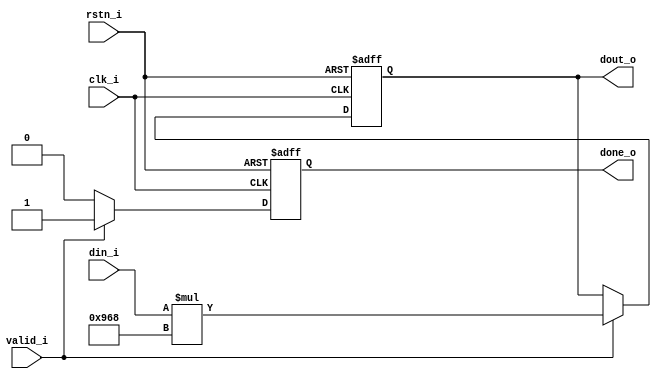
module Dequantize(
    input wire                  clk_i,          // Clock input
    input wire                  rstn_i,         // Active low reset input
    input wire signed   [31:0]  din_i,          // Data input (32-bit signed)
    input wire                  valid_i,        // Input valid signal
    output wire                 done_o,         // Done signal
    output wire signed  [31:0]  dout_o          // Dequantized output (32-bit signed)
);

    reg         [2:0]   rCnt;               // Counter for 8 cycles -> done
    reg signed  [31:0]  rScaled;            // Scaled result for dequantization
    reg                 q_done;             // Signal indicating dequantization is complete

    // Scaling process
    always @(posedge clk_i or negedge rstn_i) begin
        if (!rstn_i) begin
            rScaled <= 0;
            q_done  <= 0;
        end else if (valid_i) begin
            rScaled <= din_i * 2408;      // Dequantization scaling
            q_done  <= 1;
        end else begin
            q_done  <= 0;
        end
    end

    // Assign outputs
    assign done_o = q_done;
    assign dout_o = rScaled;

endmodule